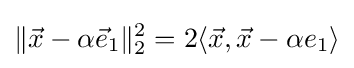
\|{\vec {x}}-\alpha {\vec {e}}_{1}\|_{2}^{2}=2\langle {\vec {x}},{\vec {x}}-\alpha e_{1}\rangle